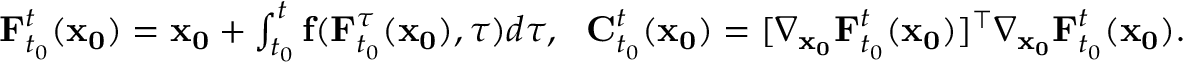
\begin{array} { r } { \mathbf { F } _ { t _ { 0 } } ^ { t } ( \mathbf { x _ { 0 } } ) = \mathbf { x _ { 0 } } + \int _ { t _ { 0 } } ^ { t } \mathbf { f } ( \mathbf { F } _ { t _ { 0 } } ^ { \tau } ( \mathbf { x _ { 0 } } ) , \tau ) d \tau , \ \ \mathbf { C } _ { t _ { 0 } } ^ { t } ( \mathbf { x _ { 0 } } ) = [ \nabla _ { \mathbf { x _ { 0 } } } \mathbf { F } _ { t _ { 0 } } ^ { t } ( \mathbf { x _ { 0 } } ) ] ^ { \top } \nabla _ { \mathbf { x _ { 0 } } } \mathbf { F } _ { t _ { 0 } } ^ { t } ( \mathbf { x _ { 0 } } ) . } \end{array}